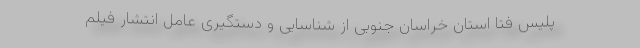
پلیس فتا استان خراسان جنوبی از شناسایی و دستگیری عامل انتشار فیلم